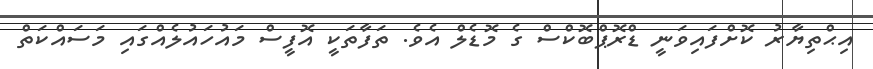
އިޙްތިޔާރު ކޮށްފައިވަނީ ޑްރޮޕްބޮކްސް ގެ މޮޑެލް އެވެ. ތަފާތަކީ އޮފީސް މައުހައުލެއްގައި މަސައްކަތް